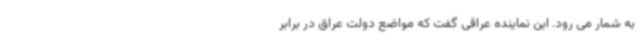
به شمار می رود. این نماینده عراقی گفت که مواضع دولت عراق در برابر